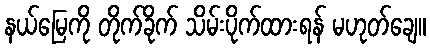
နယ်မြေကို တိုက်ခိုက် သိမ်းပိုက်ထားရန် မဟုတ်ချေ။